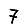
Digit: 7